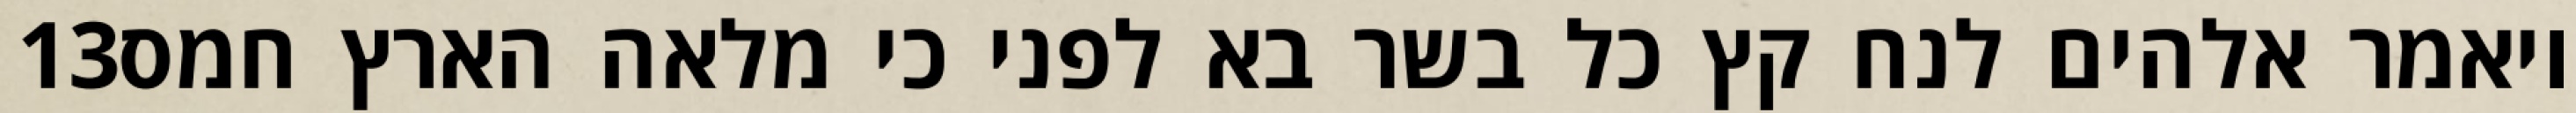
‎13‏ ויאמר אלהים לנח קץ כל בשר בא לפני כי מלאה הארץ חמס